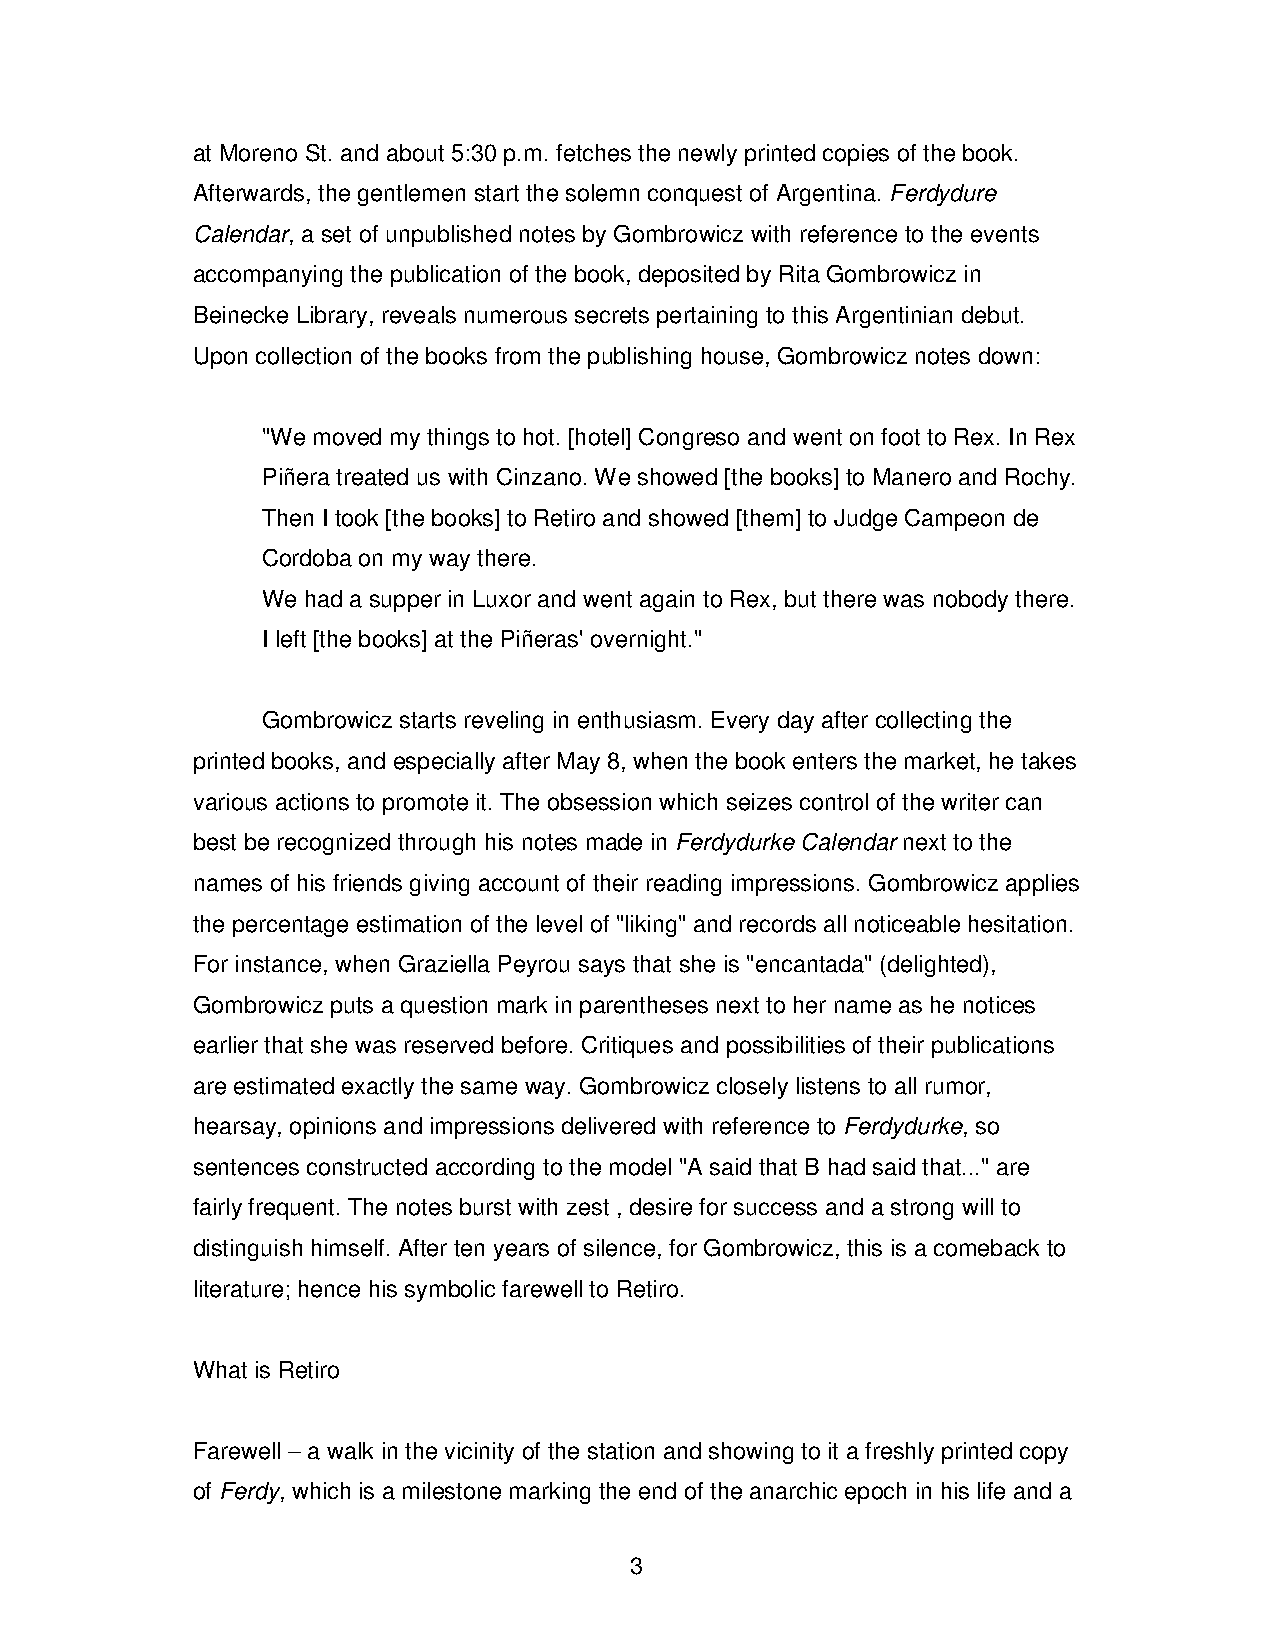
at Moreno St. and about 5:30 p.m. fetches the newly printed copies of the book.
 Afterwards, the gentlemen start the solemn conquest of Argentina. Ferdydure
 Calendar, a set of unpublished notes by Gombrowicz with reference to the events
 accompanying the publication of the book, deposited by Rita Gombrowicz in
 Beinecke Library, reveals numerous secrets pertaining to this Argentinian debut.
 Upon collection of the books from the publishing house, Gombrowicz notes down:
 "We moved my things to hot. [hotel] Congreso and went on foot to Rex. In Rex
 Piñera treated us with Cinzano. We showed [the books] to Manero and Rochy.
 Then I took [the books] to Retiro and showed [them] to Judge Campeon de
 Cordoba on my way there.
 We had a supper in Luxor and went again to Rex, but there was nobody there.
 I left [the books] at the Piñeras' overnight."
 Gombrowicz starts reveling in enthusiasm. Every day after collecting the
 printed books, and especially after May 8, when the book enters the market, he takes
 various actions to promote it. The obsession which seizes control of the writer can
 best be recognized through his notes made in Ferdydurke Calendar next to the
 names of his friends giving account of their reading impressions. Gombrowicz applies
 the percentage estimation of the level of "liking" and records all noticeable hesitation.
 For instance, when Graziella Peyrou says that she is "encantada" (delighted),
 Gombrowicz puts a question mark in parentheses next to her name as he notices
 earlier that she was reserved before. Critiques and possibilities of their publications
 are estimated exactly the same way. Gombrowicz closely listens to all rumor,
 hearsay, opinions and impressions delivered with reference to Ferdydurke, so
 sentences constructed according to the model "A said that B had said that..." are
 fairly frequent. The notes burst with zest , desire for success and a strong will to
 distinguish himself. After ten years of silence, for Gombrowicz, this is a comeback to
 literature; hence his symbolic farewell to Retiro.
 What is Retiro
 Farewell – a walk in the vicinity of the station and showing to it a freshly printed copy
 of Ferdy, which is a milestone marking the end of the anarchic epoch in his life and a
 3